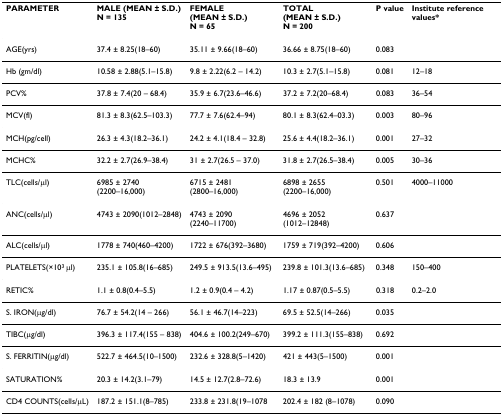
<table><thead><tr><td><b>PARAMETER</b></td><td><b>MALE (MEAN ± S.D.)N = 135</b></td><td><b>FEMALE (MEAN ± S.D.)N = 65</b></td><td><b>TOTAL(MEAN ± S.D.)N = 200</b></td><td><b>P value</b></td><td><b>Institute reference values*</b></td></tr></thead><tbody><tr><td>AGE(yrs)</td><td>37.4 ± 8.25(18–60)</td><td>35.11 ± 9.66(18–60)</td><td>36.66 ± 8.75(18–60)</td><td>0.083</td><td></td></tr><tr><td>Hb (gm/dl)</td><td>10.58 ± 2.88(5.1–15.8)</td><td>9.8 ± 2.22(6.2 – 14.2)</td><td>10.3 ± 2.7(5.1–15.8)</td><td>0.081</td><td>12–18</td></tr><tr><td>PCV%</td><td>37.8 ± 7.4(20 – 68.4)</td><td>35.9 ± 6.7(23.6–46.6)</td><td>37.2 ± 7.2(20–68.4)</td><td>0.083</td><td>36–54</td></tr><tr><td>MCV(fl)</td><td>81.3 ± 8.3(62.5–103.3)</td><td>77.7 ± 7.6(62.4–94)</td><td>80.1 ± 8.3(62.4–03.3)</td><td>0.003</td><td>80–96</td></tr><tr><td>MCH(pg/cell)</td><td>26.3 ± 4.3(18.2–36.1)</td><td>24.2 ± 4.1(18.4 – 32.8)</td><td>25.6 ± 4.4(18.2–36.1)</td><td>0.001</td><td>27–32</td></tr><tr><td>MCHC%</td><td>32.2 ± 2.7(26.9–38.4)</td><td>31 ± 2.7(26.5 – 37.0)</td><td>31.8 ± 2.7(26.5–38.4)</td><td>0.005</td><td>30–36</td></tr><tr><td>TLC(cells/μl)</td><td>6985 ± 2740(2200–16,000)</td><td>6715 ± 2481(2800–16,000)</td><td>6898 ± 2655(2200–16,000)</td><td>0.501</td><td>4000–11000</td></tr><tr><td>ANC(cells/μl)</td><td>4743 ± 2090(1012–2848)</td><td>4743 ± 2090(2240–11700)</td><td>4696 ± 2052(1012–12848)</td><td>0.637</td><td></td></tr><tr><td>ALC(cells/μl)</td><td>1778 ± 740(460–4200)</td><td>1722 ± 676(392–3680)</td><td>1759 ± 719(392–4200)</td><td>0.606</td><td></td></tr><tr><td>PLATELETS(×10<sup>3 </sup>μl)</td><td>235.1 ± 105.8(16–685)</td><td>249.5 ± 913.5(13.6–495)</td><td>239.8 ± 101.3(13.6–685)</td><td>0.348</td><td>150–400</td></tr><tr><td>RETIC%</td><td>1.1 ± 0.8(0.4–5.5)</td><td>1.2 ± 0.9(0.4 – 4.2)</td><td>1.17 ± 0.87(0.5–5.5)</td><td>0.318</td><td>0.2–2.0</td></tr><tr><td>S. IRON(μg/dl)</td><td>76.7 ± 54.2(14 – 266)</td><td>56.1 ± 46.7(14–223)</td><td>69.5 ± 52.5(14–266)</td><td>0.035</td><td></td></tr><tr><td>TIBC(μg/dl)</td><td>396.3 ± 117.4(155 – 838)</td><td>404.6 ± 100.2(249–670)</td><td>399.2 ± 111.3(155–838)</td><td>0.692</td><td></td></tr><tr><td>S. FERRITIN(μg/dl)</td><td>522.7 ± 464.5(10–1500)</td><td>232.6 ± 328.8(5–1420)</td><td>421 ± 443(5–1500)</td><td>0.001</td><td></td></tr><tr><td>SATURATION%</td><td>20.3 ± 14.2(3.1–79)</td><td>14.5 ± 12.7(2.8–72.6)</td><td>18.3 ± 13.9</td><td>0.001</td><td></td></tr><tr><td>CD4 COUNTS(cells/μL)</td><td>187.2 ± 151.1(8–785)</td><td>233.8 ± 231.8(19–1078</td><td>202.4 ± 182 (8–1078)</td><td>0.090</td><td></td></tr></tbody></table>